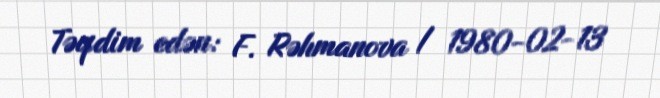
Təqdim edən: F. Rəhmanova / 1980-02-13